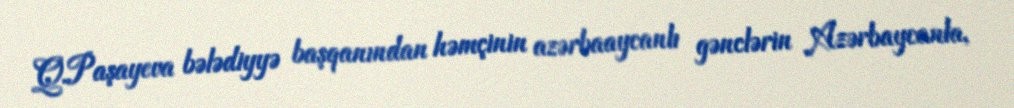
Q.Paşayeva bələdiyyə başqanından həmçinin azərbaaycanlı gənclərin Azərbaycanla,